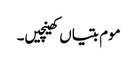
موم بتیاں کھینچیں۔